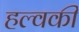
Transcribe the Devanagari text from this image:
हल्वकी